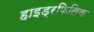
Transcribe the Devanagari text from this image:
हाइड्रफिलिक